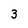
Character: 3